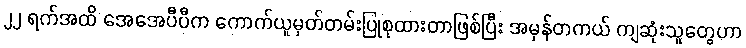
၂၂ ရက်အထိ အေအေပီပီက ကောက်ယူမှတ်တမ်းပြုစုထားတာဖြစ်ပြီး အမှန်တကယ် ကျဆုံးသူတွေဟာ